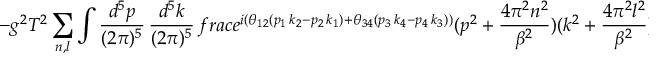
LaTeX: - g ^ { 2 } T ^ { 2 } \sum _ { n , l } \int \frac { d ^ { 5 } p } { ( 2 \pi ) ^ { 5 } } \, \frac { d ^ { 5 } k } { ( 2 \pi ) ^ { 5 } } \, f r a c { e ^ { i ( \theta _ { 1 2 } ( p _ { 1 } \, k _ { 2 } - p _ { 2 } \, k _ { 1 } ) + \theta _ { 3 4 } ( p _ { 3 } \, k _ { 4 } - p _ { 4 } \, k _ { 3 } ) ) } } { ( p ^ { 2 } + \frac { 4 \pi ^ { 2 } n ^ { 2 } } { \beta ^ { 2 } } ) ( k ^ { 2 } + \frac { 4 \pi ^ { 2 } l ^ { 2 } } { \beta ^ { 2 } } ) ( ( p + k ) ^ { 2 } + \frac { 4 \pi ^ { 2 } ( n + l ) ^ { 2 } } { \beta ^ { 2 } } ) } .